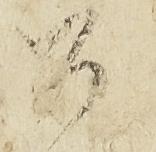
公